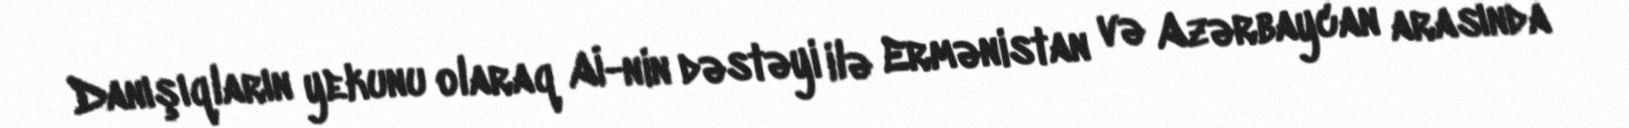
Danışıqların yekunu olaraq Aİ-nin dəstəyi ilə Ermənistan və Azərbaycan arasında